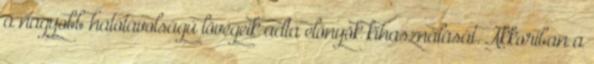
a nagyobb hatótávolságú lövegeik adta előnyök kihasználását. Akkoriban a